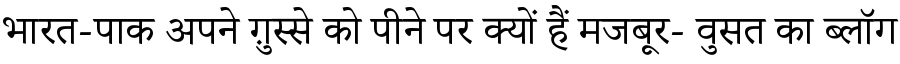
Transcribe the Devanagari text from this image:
भारत-पाक अपने ग़ुस्से को पीने पर क्यों हैं मजबूर- वुसत का ब्लॉग